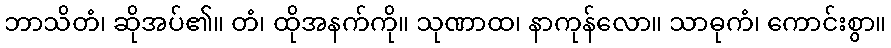
ဘာသိတံ၊ ဆိုအပ်၏။ တံ၊ ထိုအနက်ကို။ သုဏာထ၊ နာကုန်လော။ သာဓုကံ၊ ကောင်းစွာ။